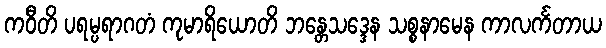
ကဝီတိ ပရမ္ပရာဂတံ ကုမာရိယောတိ ဘန္တေသဒ္ဒေန သစ္စနာမေန ကာလင်္ကတာယ